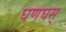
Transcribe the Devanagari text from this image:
घणघस्